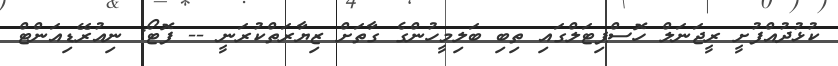
ކުޅުދުއްފުށީ ރީޖަނަލް ހޮސްޕިޓަލްގައި ތިބި ބަލިމީހުންގެ ގާތަށް ޒިޔާރަތްކުރަނީ -- ފޮޓޯ: ނިއުރޭޑިއަންޓް